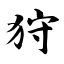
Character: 狩